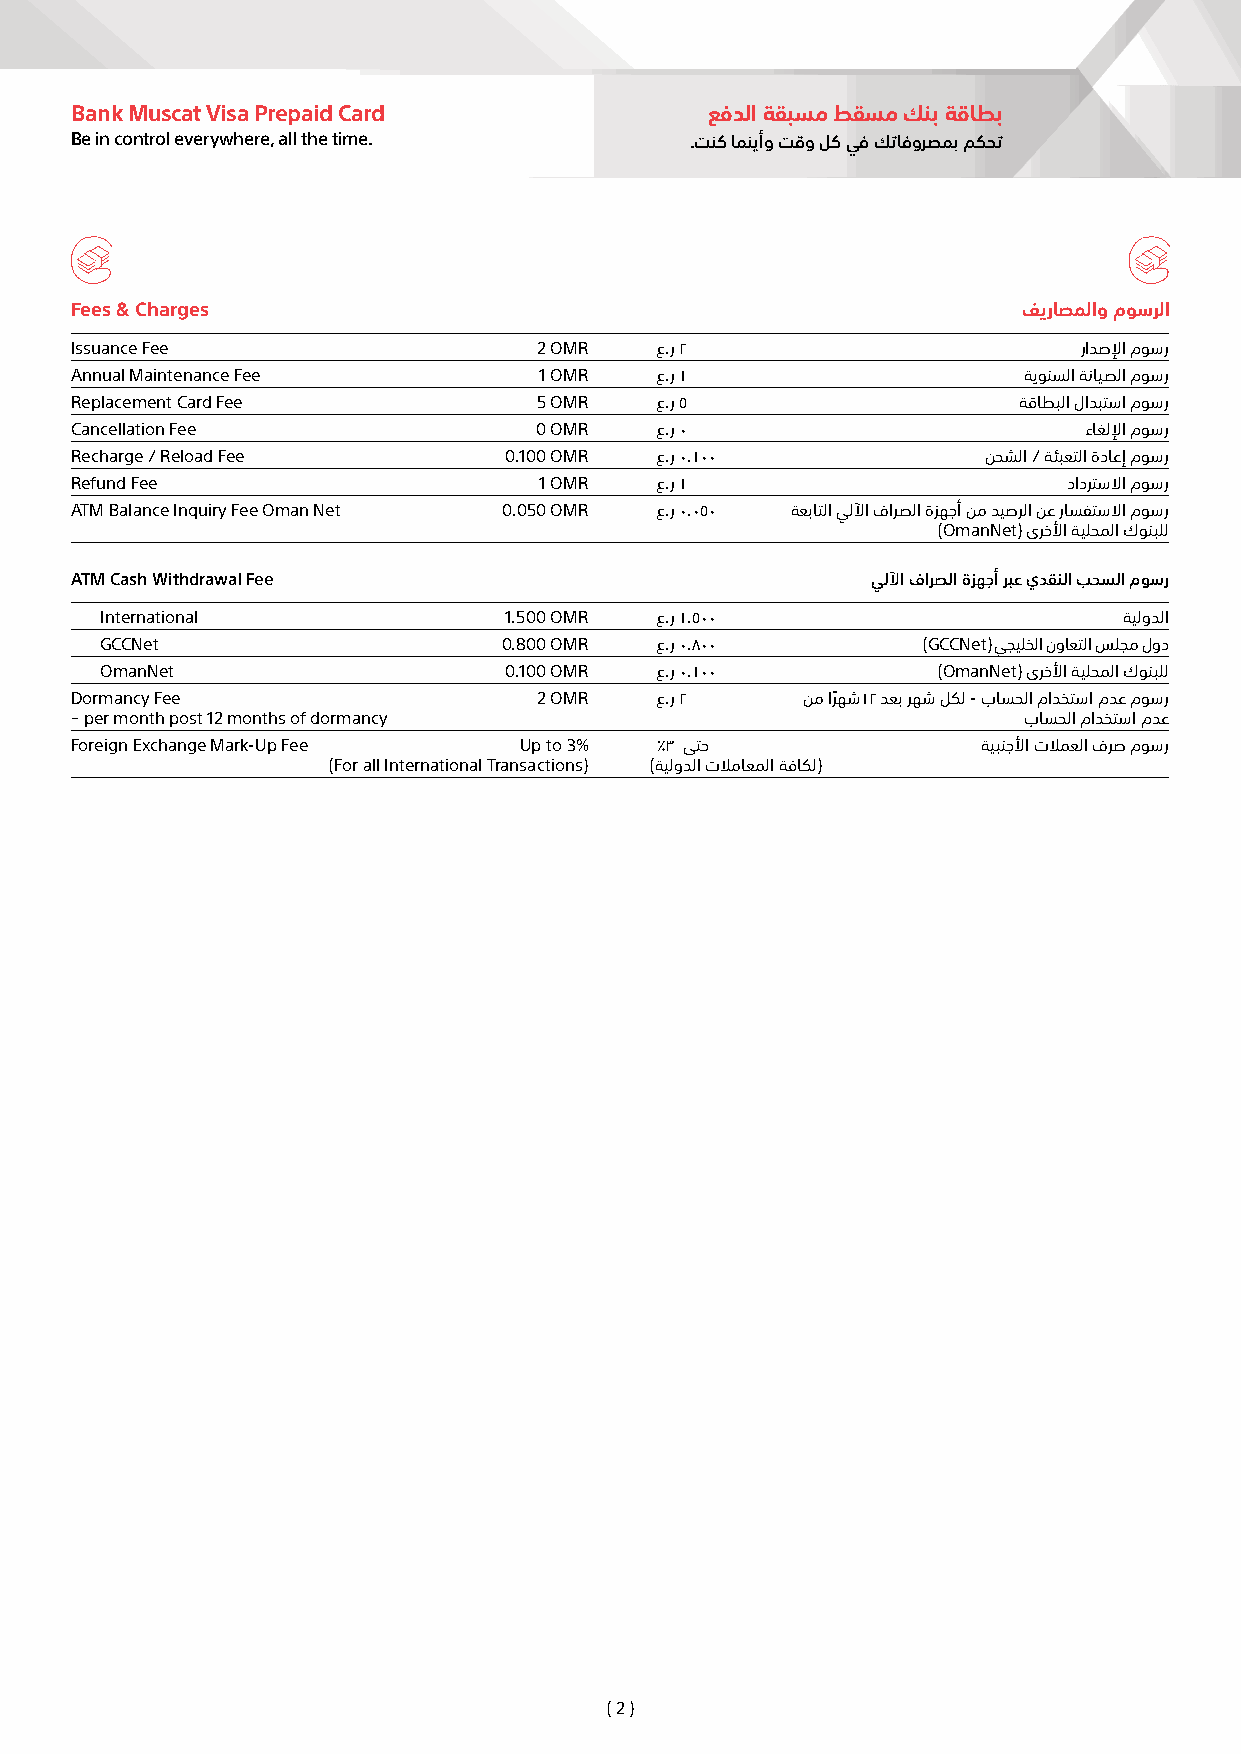
Bank Muscat Visa Prepaid Card             عفدلا ةقبسم طقسم كنب ةقاطب
 Be in control everywhere, all the time.  .تنك امنيأو تقو لك يف كتافورصمب مكحت
 Fees & Charges                                                 فيراصملاو موسرلا
 Issuance Fee                   2 OMR  ع.ر ٢                        رادصلإا موسر
 Annual Maintenance Fee         1 OMR  ع.ر 1                    ةيونسلا ةنايصلا موسر
 Replacement Card Fee           5 OMR  ع.ر 5                   ةقاطبلا لادبتسا موسر
 Cancellation Fee              0 OMR   ع.ر 0                        ءاغللإا موسر
 Recharge / Reload Fee       0.100 OMR ع.ر 0.100             نحشلا / ةئبعتلا ةداعإ موسر
 Refund Fee                     1 OMR  ع.ر 1                       دادرتسلاا موسر
 ATM Balance Inquiry Fee Oman Net 0.050 OMR ع.ر 0.050 ة عباتلا يللآا فارصلا ةزهجأ نم ديصرلا نع راسفتسلاا موسر
 (OmanNet) ىرخلأا ةيلحملا كونبلل
 ATM Cash Withdrawal Fee                              يللآا فارصلا ةزهجأ ربع يدقنلا بحسلا موسر
 International             1.500 OMR ع.ر 1.500                      ةيلودلا
 GCCNet                    0.800 OMR ع.ر 0.800         (GCCNet) يجيلخلا نواعتلا سلجم لود
 OmanNet                   0.100 OMR ع.ر 0.100          (OmanNet) ىرخلأا ةيلحملا كونبلل
 Dormancy Fee                   2 OMR  ع.ر ٢     نم ارًهش1٢ دعب رهش لكل - باسحلا مادختسا مدع موسر
 – per month post 12 months of dormancy                         باسحلا مادختسا مدع
 Foreign Exchange Mark-Up Fee Up to 3% %3 ىتح                ةيبنجلأا تلامعلا فرص موسر
 (For all International Transactions) (ةيلودلا تلاماعملا ةفاكل)
 ( 2 )